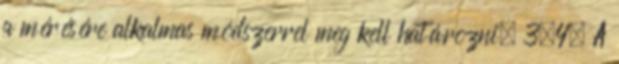
a mérésére alkalmas módszerrel meg kell határozni. 3.4. A